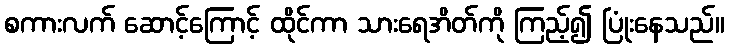
စကားလက် ဆောင့်ကြောင့် ထိုင်ကာ သားရေအိတ်ကို ကြည့်၍ ပြုံးနေသည်။